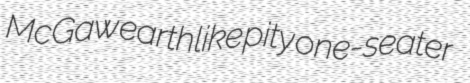
McGaw earthlike pity one-seater